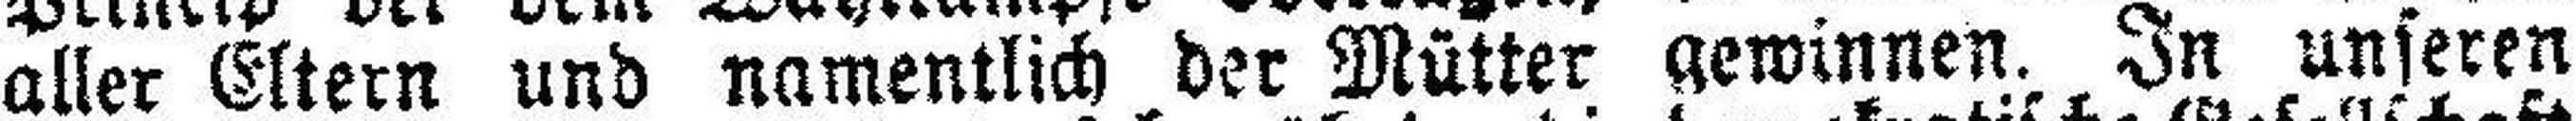
aller Eltern und namentlich der Mütter gewinnen. In unseren